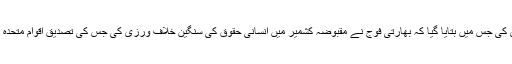
اس موقع پر انسانی حقوق کمیشن نے سالانہ رپورٹ بھی جاری کی جس میں بتایا گیا کہ بھارتی فوج نے مقبوضہ کشمیر میں انسانی حقوق کی سنگین خلاف ورزی کی جس کی تصدیق اقوام متحدہ کی تحقیقاتی ٹیم نے مختلف علاقوں کا دورہ کرنے کے بعد کی۔